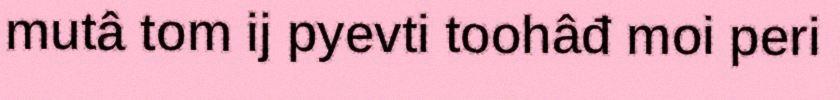
mutâ tom ij pyevti toohâđ moi peri